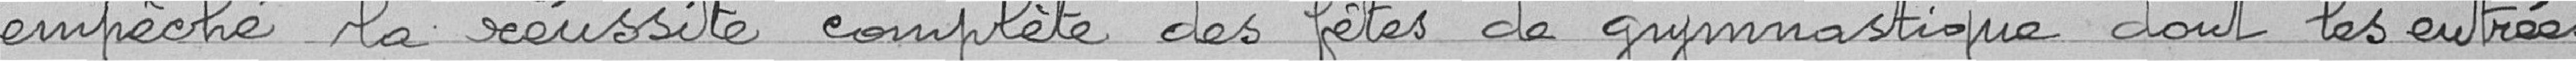
empêché la réussite complète des fêtes de gymnastique dont les entrées